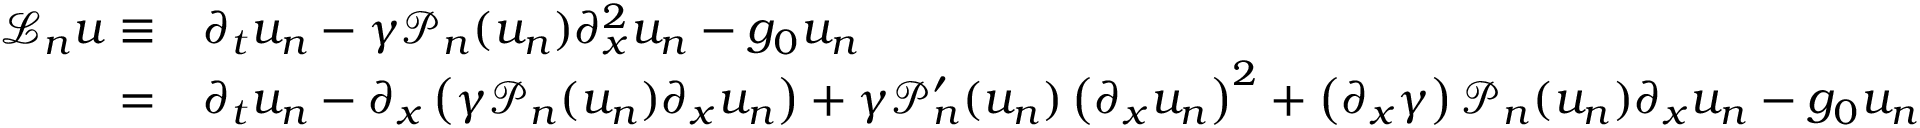
\begin{array} { r l } { \mathcal { L } _ { n } u \equiv } & { \partial _ { t } u _ { n } - \gamma \mathcal { P } _ { n } ( u _ { n } ) \partial _ { x } ^ { 2 } u _ { n } - g _ { 0 } u _ { n } } \\ { = } & { \partial _ { t } u _ { n } - \partial _ { x } \left( \gamma \mathcal { P } _ { n } ( u _ { n } ) \partial _ { x } u _ { n } \right) + \gamma \mathcal { P } _ { n } ^ { \prime } ( u _ { n } ) \left( \partial _ { x } u _ { n } \right) ^ { 2 } + \left( \partial _ { x } \gamma \right) \mathcal { P } _ { n } ( u _ { n } ) \partial _ { x } u _ { n } - g _ { 0 } u _ { n } } \end{array}